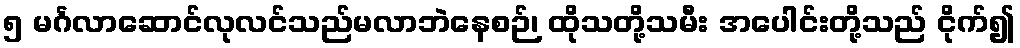
၅ မင်္ဂလာဆောင်လုလင်သည်မလာဘဲနေစဉ်၊ ထိုသတို့သမီး အပေါင်းတို့သည် ငိုက်၍